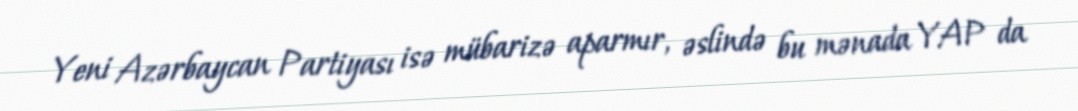
Yeni Azərbaycan Partiyası isə mübarizə aparmır, əslində bu mənada YAP da